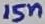
Text: 15n